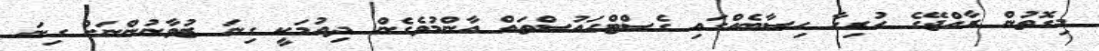
މިގޮތުން ރާއްޖޭގެ ހުރިހާ ހިސާބެއްގައި ގެސްޓްހައުސްތައް އާންމުވެގެން ދިއުމަކީ ގިނަ ޒުވާނުންނަށް ގިނަ